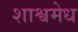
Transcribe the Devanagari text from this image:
शाश्वमेध